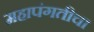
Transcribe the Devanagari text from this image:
महापंगतीचा